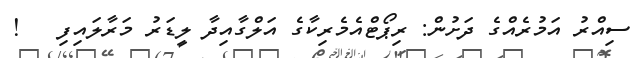
ސިއްރު އަމުރެއްގެ ދަށުން: ރިޕޯޓްއެމެރިކާގެ އަލްގާއިދާ ލީޑަރު މަރާލައިފި   !